system: You are a helpful assistant.
user:
Analyze the provided spectrum to determine if it is a **Carbon Star (C-type)**.

- **Key Visual Indicators of Carbon Star:**
    - **(Primary):** Strong molecular absorption from **C₂ (diatomic carbon) "Swan Bands."** This is the **defining feature** of a carbon star.
        - **(Key Bandheads):** Sharp absorption edges are visible at approximately $5635$ Å, $5165$ Å (the strongest band), and $4737$ Å.
        - **(Line Profile):** Creates a distinct **"saw-tooth"** pattern. The key morphology is a sharp, steep bandhead on the **red (long-wavelength) side**, which then gradually tapers off (i.e., flux recovers) towards the **blue (short-wavelength) side**. *(This is the direct opposite of the TiO bands seen in M-type stars)*.

    - **(Secondary):** Intense **CN (cyanogen)** molecular absorption bands.
        - **(Key Bandheads):** Located in the blue and violet regions of the spectrum (e.g., near $4215$ Å and $3883$ Å).
        - **(Morphology):** These bands are extremely broad and act as a "blanket," absorbing the vast majority of blue and violet light. This creates a characteristic **"cliff"** or **"steep drop-off"** in the spectrum's flux at short wavelengths.

    - **(Key Confirmation):** Strong **CH absorption band (G-band)**.
        - **(Key Bandhead):** Located around $4300$ Å. The contribution from CH molecules to this band is exceptionally strong.

    - **(Overall Spectrum):**
        - The continuum is severely "chopped up" by these deep molecular bands, especially C₂, rather than appearing as a smooth curve.
        - Due to the heavy CN and C₂ absorption in the blue-green, the vast majority of the star's flux is concentrated in the red part of the spectrum, giving the star its characteristic deep red color.

Think first, call **spectral_visualization_tool** if needed to examine features in detail, then provide your final answer. Your response must adhere to the following strict rules:
1.  **Overall Structure:** Your response must follow the format `<think>...</think> <tool_call>...</tool_call> (if a tool is used) <answer>...</answer>`.
2.  **Tool Usage Constraint:** You may only make **one** tool call per turn.
3.  **Final Answer Format:** In the `<answer>` tag, your conclusion must be inside a `\boxed{}` command (e.g., `\boxed{YES}`), followed by your justification.

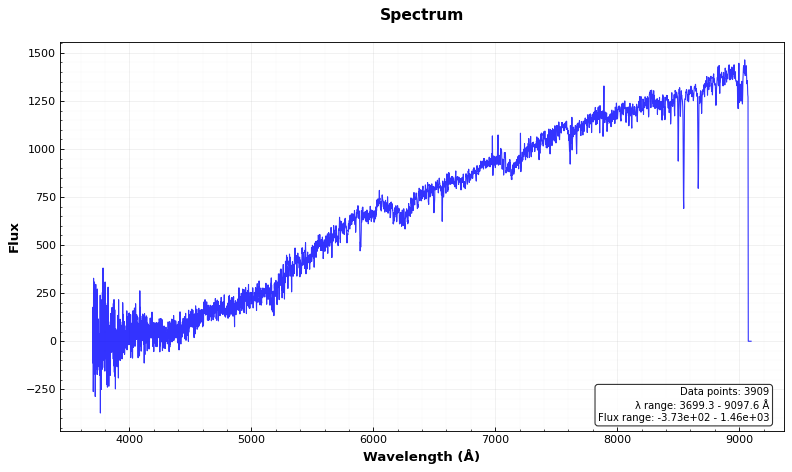
Answer: NO